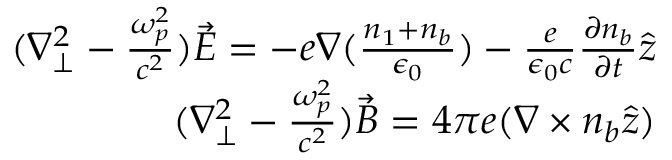
\begin{array} { r } { ( \nabla _ { \perp } ^ { 2 } - \frac { \omega _ { p } ^ { 2 } } { c ^ { 2 } } ) \vec { E } = - e \nabla ( \frac { n _ { 1 } + n _ { b } } { \epsilon _ { 0 } } ) - \frac { e } { \epsilon _ { 0 } c } \frac { \partial n _ { b } } { \partial t } \hat { z } } \\ { ( \nabla _ { \perp } ^ { 2 } - \frac { \omega _ { p } ^ { 2 } } { c ^ { 2 } } ) \vec { B } = 4 \pi e ( \nabla \times n _ { b } \hat { z } ) } \end{array}